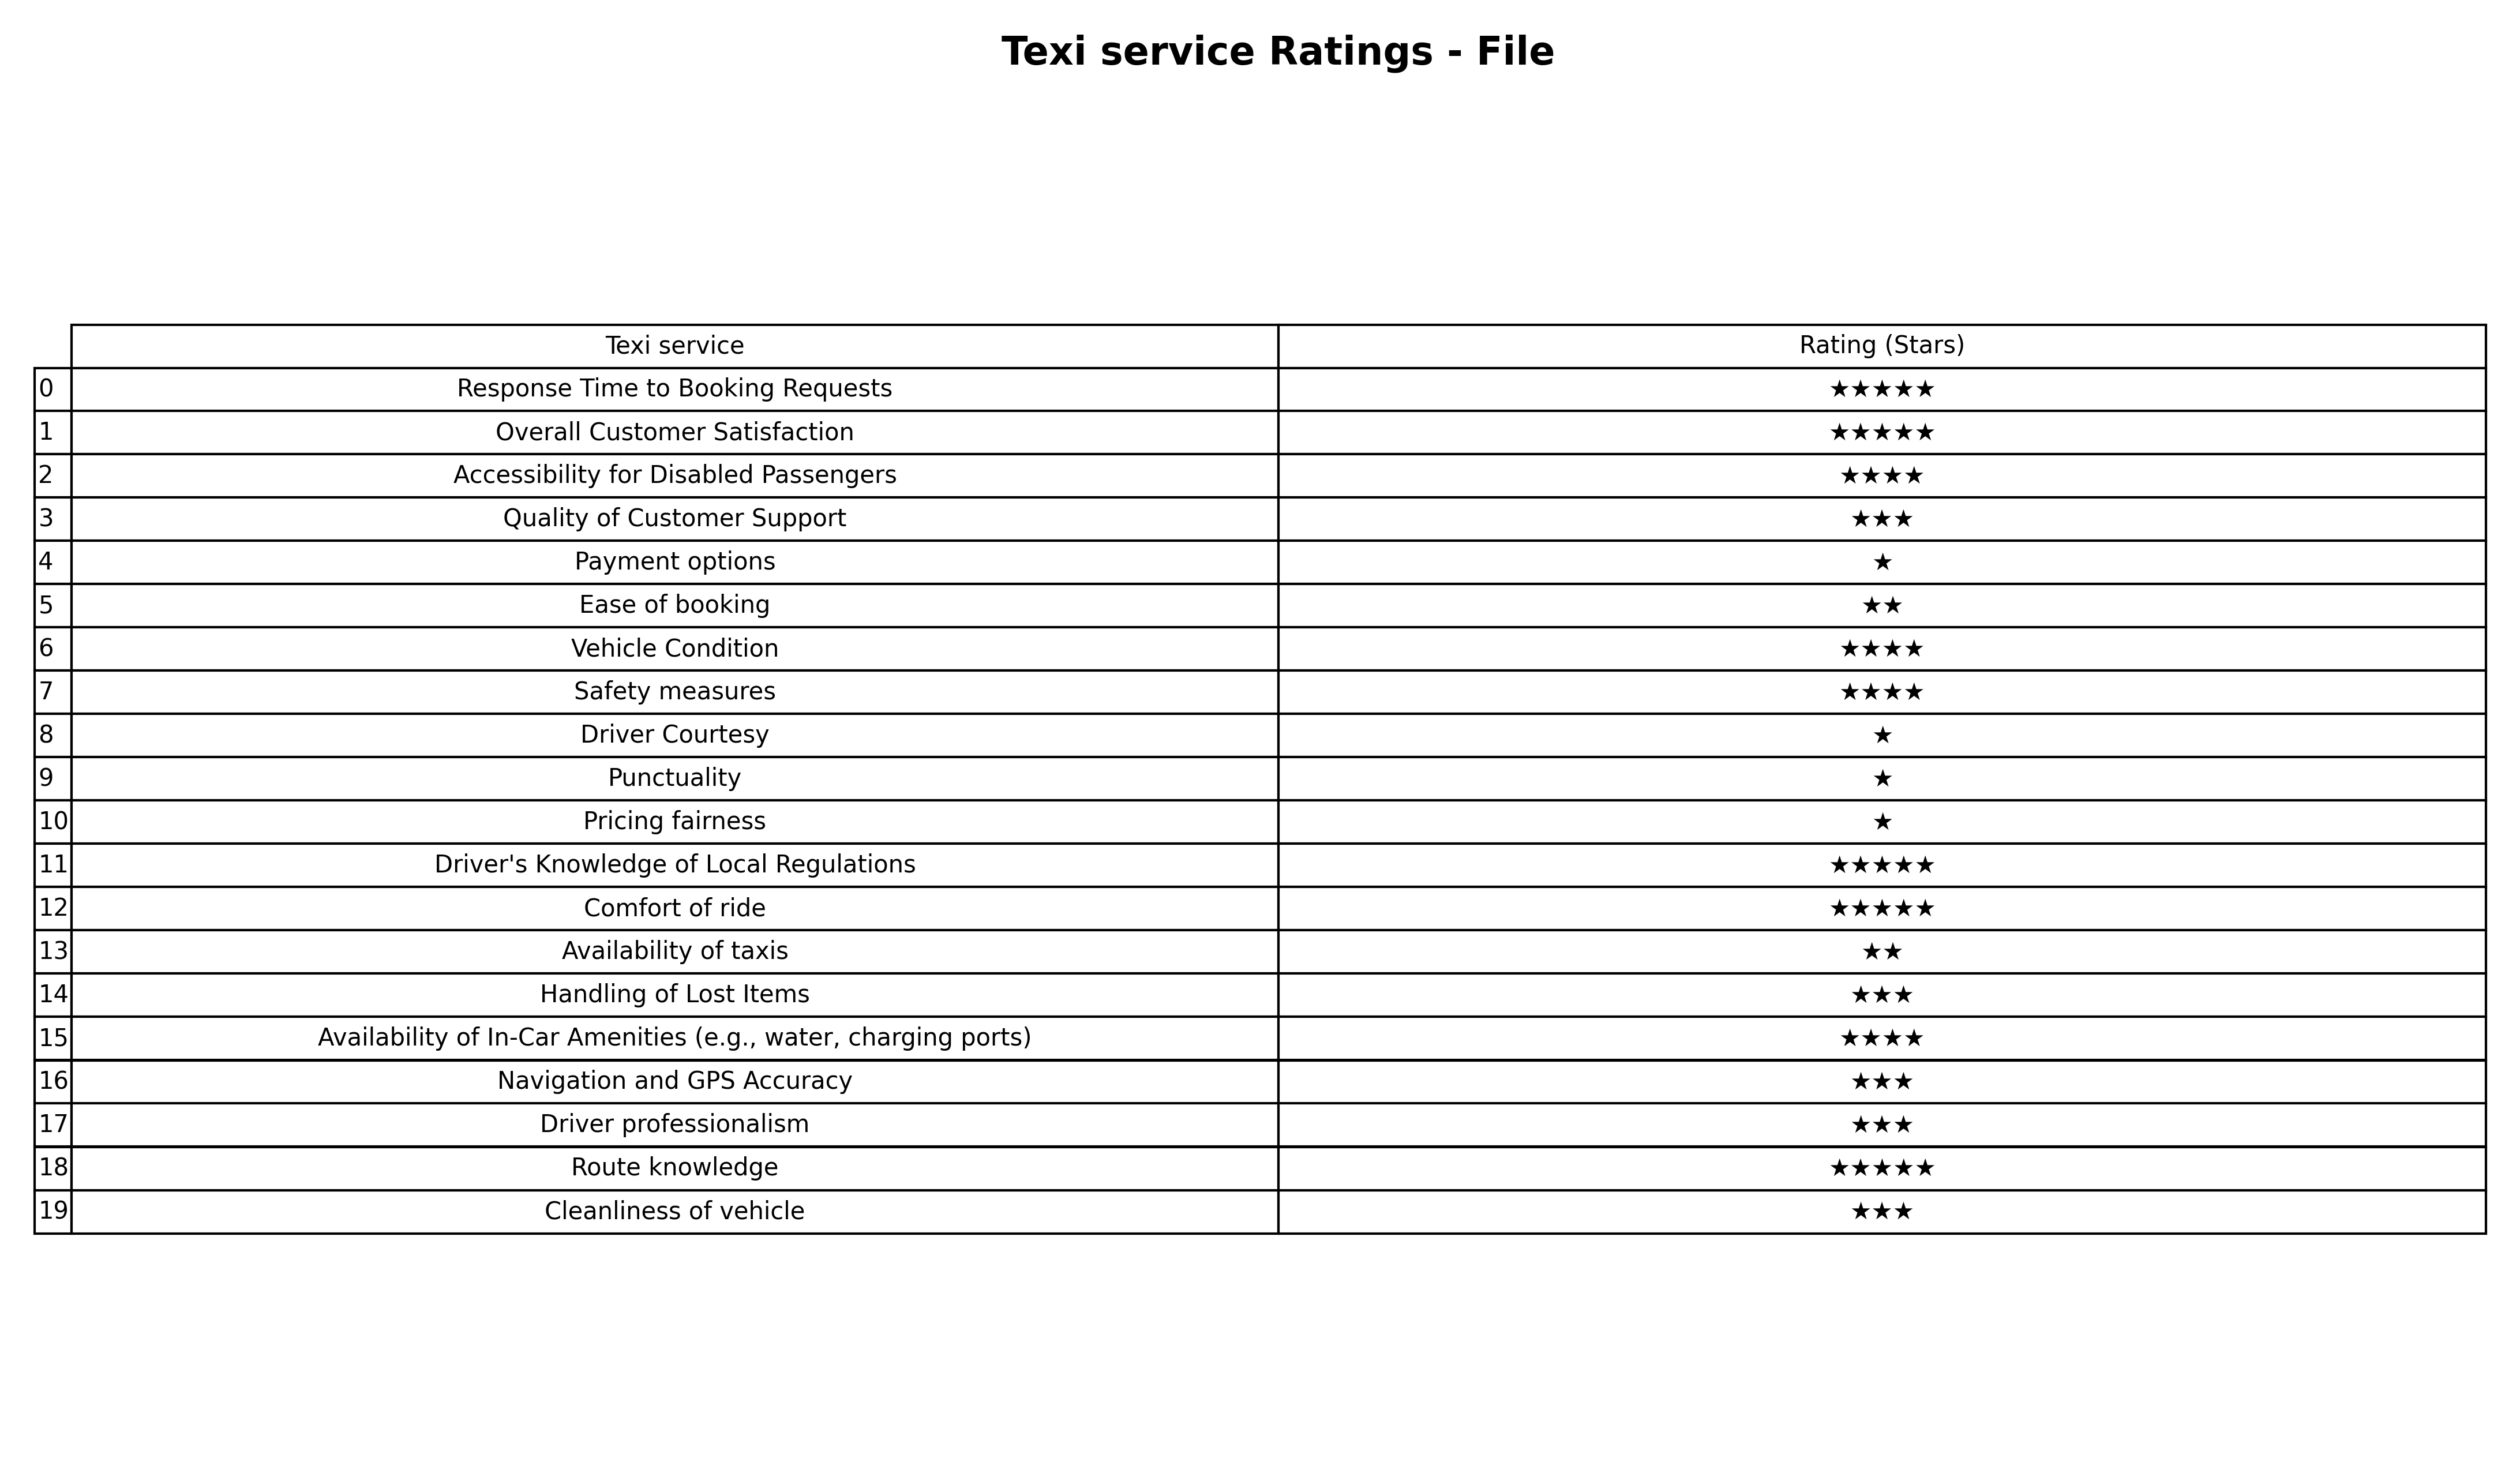
question: What is the rating of Quality of Customer Support?
answer: ★★★